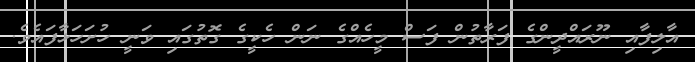
އާލިފާއި ނޫރައްދީންގެ ފަރާތުން ފަސް މީހެއްގެ ނަން ހެކީގެ ގޮތުގައި ވަނީ ހުށަހަޅާފައެވެ.